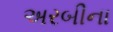
અરબીના